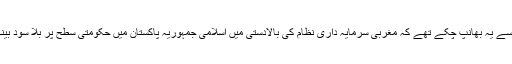
ہمارے خیال کے مطابق وہ بہت پہلے سے یہ بھانپ چکے تھے کہ مغربی سرمایہ داری نظام کی بالادستی میں اسلامی جمہوریہ پاکستان میں حکومتی سطح پر بلا سود بینکاری کی واقعی کوششیں نا ممکن ہیں ۔